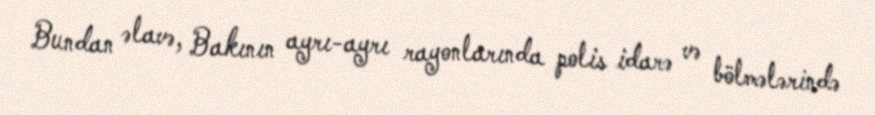
Bundan əlavə, Bakının ayrı-ayrı rayonlarında polis idarə və bölmələrində